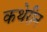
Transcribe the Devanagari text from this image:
कथेरीन